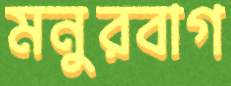
মনুরবাগ